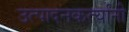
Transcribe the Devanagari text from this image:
उत्पादनकर्त्यांनी